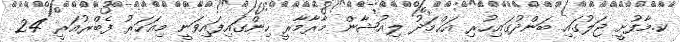
ކ.މާފުށީ ޖަލުގައި ބަންދުގައިހުރި އަޙްމަދު ލިއުޝާން މާރާމާރީ ހިންގައިފައިވަނީ މިއަހަރު ފެބްރުއަރީ 24